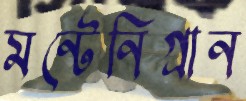
মন্টেনিগ্রান